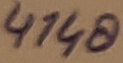
Text: 4148